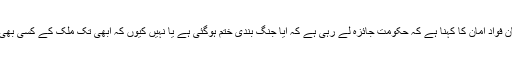
اس حوالے سے افغان محکمہ دفاع کے ترجمان فواد امان کا کہنا ہے کہ حکومت جائزہ لے رہی ہے کہ آیا جنگ بندی ختم ہوگئی ہے یا نہیں کیوں کہ ابھی تک ملک کے کسی بھی حصے سے بڑے حملے کی اطلاع نہیں آئی۔